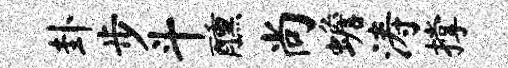
卦步斗醺尚蟾涛撑